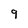
Character: 9